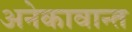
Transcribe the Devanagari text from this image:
अनेकावान्त